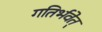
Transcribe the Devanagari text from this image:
गतिर्भवेत्